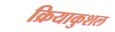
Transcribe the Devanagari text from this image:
क्रियाकुशल